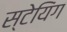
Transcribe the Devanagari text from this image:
स्टेयिंग